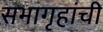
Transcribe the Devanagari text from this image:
सभागृहांची